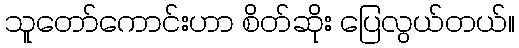
သူတော်ကောင်းဟာ စိတ်ဆိုး ပြေလွယ်တယ်။